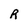
Character: R